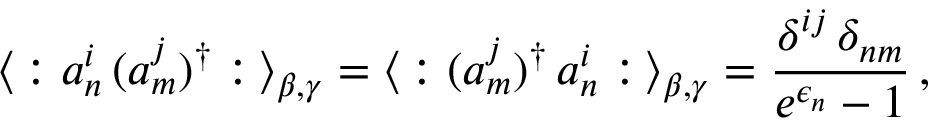
\langle \, : a _ { n } ^ { i } \, ( a _ { m } ^ { j } ) ^ { \dagger } : \, \rangle _ { \beta , \gamma } = \langle \, : ( a _ { m } ^ { j } ) ^ { \dagger } \, a _ { n } ^ { i } : \, \rangle _ { \beta , \gamma } = \frac { \delta ^ { i j } \, \delta _ { n m } } { e ^ { \epsilon _ { n } } - 1 } \, ,